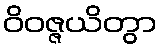
ဝိဝဇ္ဇယိတွာ